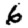
Digit: 6